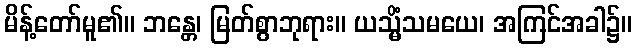
မိန့်တော်မူ၏။ ဘန္တေ၊ မြတ်စွာဘုရား။ ယသ္မိံသမယေ၊ အကြင်အခါ၌။